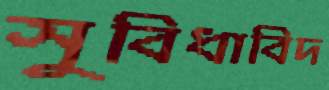
সুবিধাবিদ